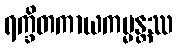
ရက္ခိတကာယကမ္မန္တဿ